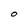
Character: O